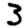
Digit: 3